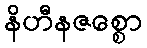
နိဟီနဇစ္စော